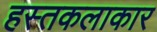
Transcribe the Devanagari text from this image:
हस्तकलाकार